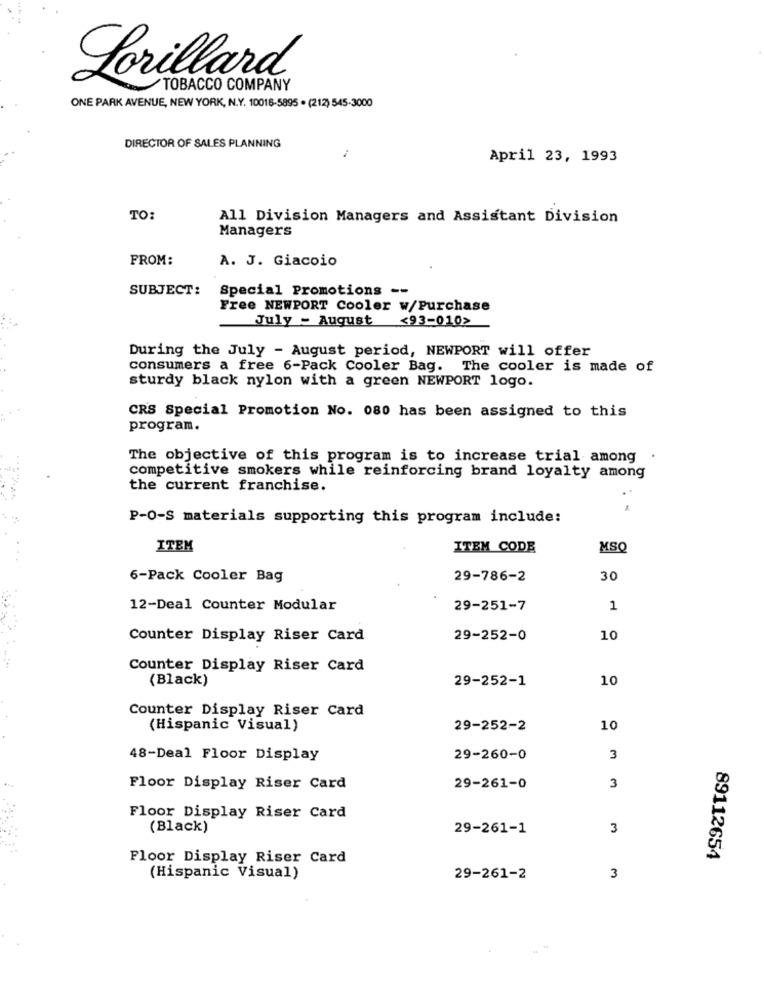
Lorillard
TOBACCO COMPANY
ONE PARK AVENUE, NEW YORK, N.Y. 10016-5895 . (212) 545-3000
DIRECTOR OF SALES PLANNING
April 23, 1993
TO:
All Division Managers and Assistant Division
Managers
FROM:
A. J. Giacoio
SUBJECT:
Special Promotions --
Free NEWPORT Cooler w/Purchase
July - August
<93-010>
During the July - August period, NEWPORT will offer
consumers a free 6-Pack Cooler Bag. The cooler is made of
sturdy black nylon with a green NEWPORT logo.
CRS Special Promotion No. 080 has been assigned to this
program.
The objective of this program is to increase trial among
.....
competitive smokers while reinforcing brand loyalty among
the current franchise.
P-0-S materials supporting this program include:
ITEM
ITEM CODE
MSQ
6-Pack Cooler Bag
29-786-2
30
12-Deal Counter Modular
29-251-7
1
Counter Display Riser Card
29-252-0
10
Counter Display Riser Card
(Black)
29-252-1
10
Counter Display Riser Card
(Hispanic Visual)
29-252-2
10
48-Deal Floor Display
29-260-0
3
Floor Display Riser Card
29-261-0
3
Floor Display Riser Card
(Black)
29-261-1
3
Floor Display Riser Card
89112654
(Hispanic Visual)
29-261-2
3